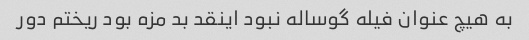
به هیچ عنوان فیله گوساله نبود اینقد بد مزه بود ریختم دور